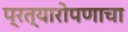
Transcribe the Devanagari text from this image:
प्रत्यारोपणाचा